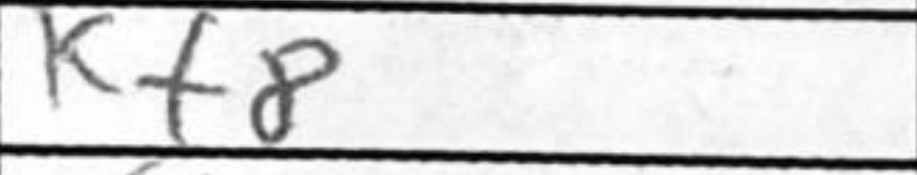
Transcription: Kf8